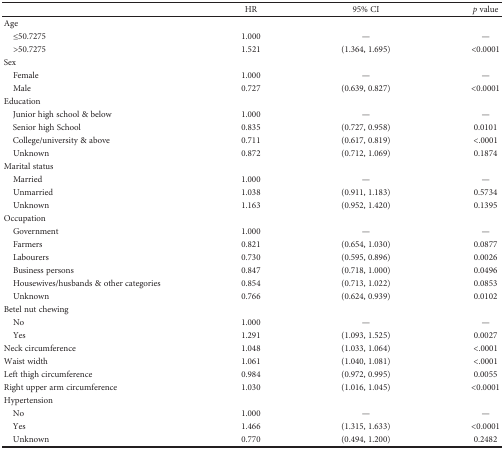
|  | HR | 95% CI | p value |
 | --- | --- | --- | --- |
 | <COLSPAN=4> Age |
 | ≤50.7275 | 1.000 | — | — |
 | >50.7275 | 1.521 | (1.364, 1.695) | <0.0001 |
 | <COLSPAN=4> Sex |
 | Female | 1.000 | — | — |
 | Male | 0.727 | (0.639, 0.827) | <0.0001 |
 | <COLSPAN=4> Education |
 | Junior high school & below | 1.000 | — | — |
 | Senior high School | 0.835 | (0.727, 0.958) | 0.0101 |
 | College/university & above | 0.711 | (0.617, 0.819) | <.0001 |
 | Unknown | 0.872 | (0.712, 1.069) | 0.1874 |
 | <COLSPAN=4> Marital status |
 | Married | 1.000 | — | — |
 | Unmarried | 1.038 | (0.911, 1.183) | 0.5734 |
 | Unknown | 1.163 | (0.952, 1.420) | 0.1395 |
 | <COLSPAN=4> Occupation |
 | Government | 1.000 | — | — |
 | Farmers | 0.821 | (0.654, 1.030) | 0.0877 |
 | Labourers | 0.730 | (0.595, 0.896) | 0.0026 |
 | Business persons | 0.847 | (0.718, 1.000) | 0.0496 |
 | Housewives/husbands & other categories | 0.854 | (0.713, 1.022) | 0.0853 |
 | Unknown | 0.766 | (0.624, 0.939) | 0.0102 |
 | <COLSPAN=4> Betel nut chewing |
 | No | 1.000 | — | — |
 | Yes | 1.291 | (1.093, 1.525) | 0.0027 |
 | Neck circumference | 1.048 | (1.033, 1.064) | <.0001 |
 | Waist width | 1.061 | (1.040, 1.081) | <.0001 |
 | Left thigh circumference | 0.984 | (0.972, 0.995) | 0.0055 |
 | Right upper arm circumference | 1.030 | (1.016, 1.045) | <0.0001 |
 | <COLSPAN=4> Hypertension |
 | No | 1.000 | — | — |
 | Yes | 1.466 | (1.315, 1.633) | <0.0001 |
 | Unknown | 0.770 | (0.494, 1.200) | 0.2482 |